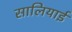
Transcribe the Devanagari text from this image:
सालियाई